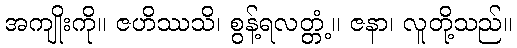
အကျိုးကို။ ဇဟိဿသိ၊ စွန့်ရလတ္တံ့။ ဇနာ၊ လူတို့သည်။